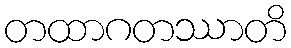
တထာဂတဿာတိ